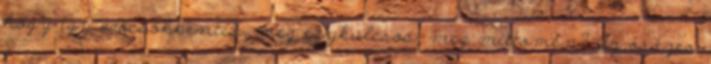
hogy így adócsökkentés, meg egykulcsos, meg mittomén? Az összes